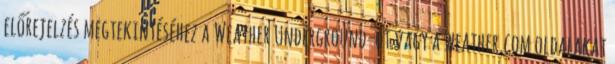
előrejelzés megtekintéséhez a Weather Underground-ot vagy a weather.com oldalakat